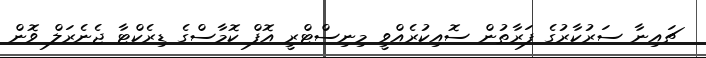
ޗައިނާ ސަރުކާރުގެ ފަރާތުން ސޮއިކުރެއްވީ މިނިސްޓްރީ އޮފް ކޮމާސްގެ ޑިރެކްޓާ ޖެނެރަލް ވޮން